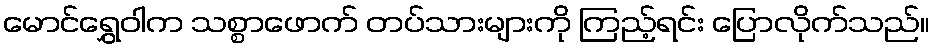
မောင်ရွှေဝါက သစ္စာဖောက် တပ်သားများကို ကြည့်ရင်း ပြောလိုက်သည်။